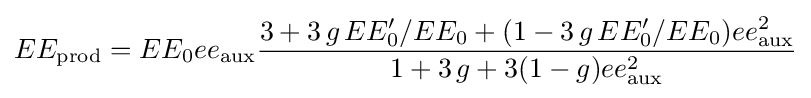
EE_{\text{prod}}=EE_{0}ee_{\text{aux}}{\frac {3+3\,g\,EE'_{0}/EE_{0}+(1-3\,g\,EE'_{0}/EE_{0})ee_{\text{aux}}^{2}}{1+3\,g+3(1-g)ee_{\text{aux}}^{2}}}